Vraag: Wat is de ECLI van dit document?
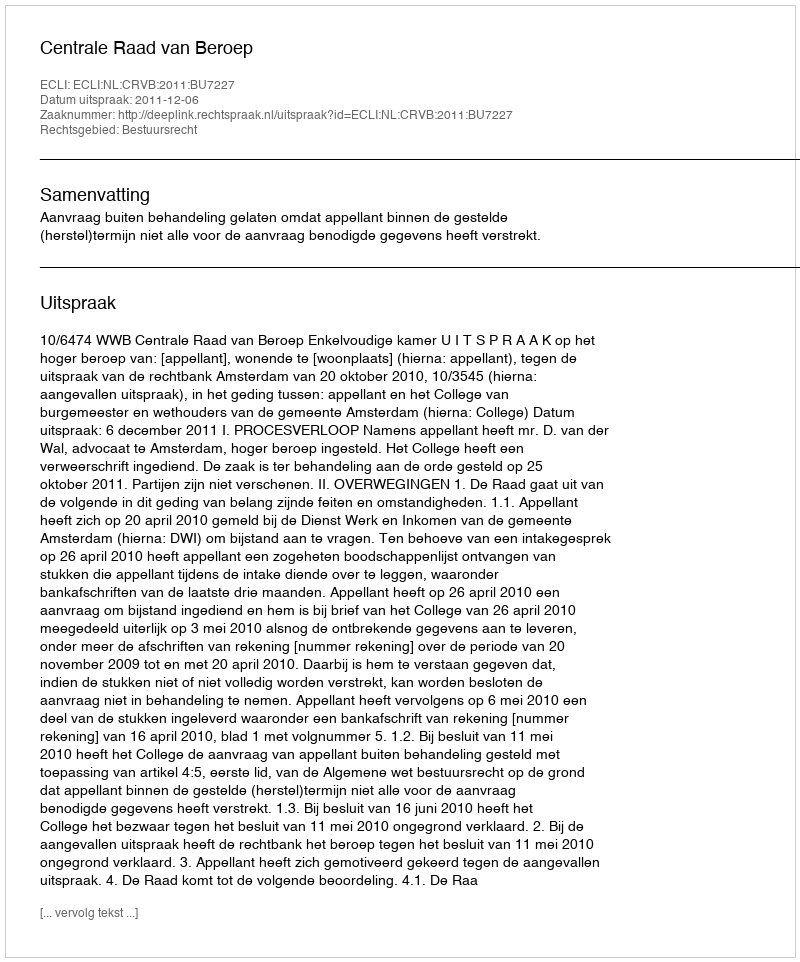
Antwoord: ECLI:NL:CRVB:2011:BU7227